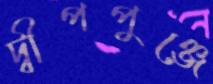
দ্বীপপুঞ্জে